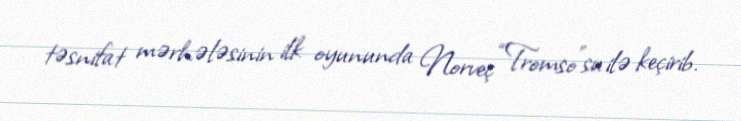
təsnifat mərhələsinin ilk oyununda Norveç “Tromso”su ilə keçirib.